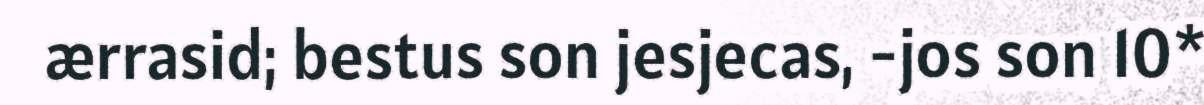
ærrasid; bestus son jesjecas, -jos son 10*